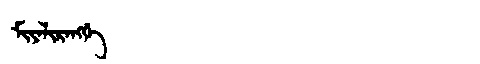
Manchu: ᠮᡳᠶᠠᠯᡳᡵᠠᠩᡤᡝ
Romanization: MIYALIRANGGE